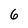
Character: 6